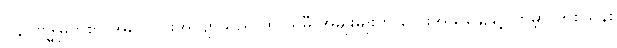
၁၄။ ဗုဒ္ဓမြတ်စွာ အလောင်းအလျာသည် ထိုပါရမီ အမျိုးမျိုးကို လေးအသင်္ချေနှင့် ကမ္ဘာ တစ်သိန်း